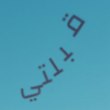
قبلتي